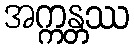
အက္ကန္တဿ